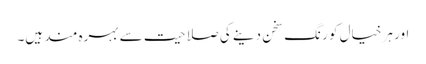
اور ہر خیال کو رنگ سخن دینے کی صلاحیت سے بہرہ مند ہیں۔